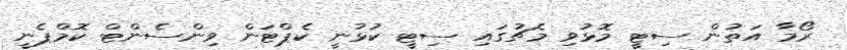
ރޯމާ އަތުން ސިޓީ މޮޅުވި މެޗުގައި ސިޓީ ކުޅުނީ ކެޕްޓަން ވިންސެންޓް ކޮމްޕެނީ